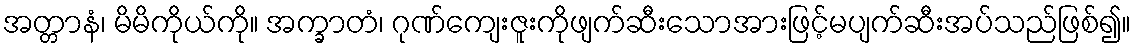
အတ္တာနံ၊ မိမိကိုယ်ကို။ အက္ခာတံ၊ ဂုဏ်ကျေးဇူးကိုဖျက်ဆီးသောအားဖြင့်မပျက်ဆီးအပ်သည်ဖြစ်၍။